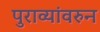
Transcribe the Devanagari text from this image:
पुराव्यांवरुन